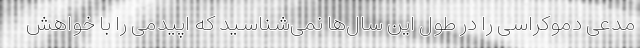
مدعی دموکراسی را در طول این سال‌ها نمی‌شناسید که اپیدمی را با خواهش